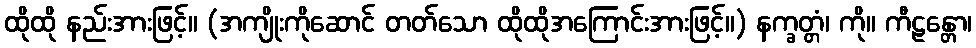
ထိုထို နည်းအားဖြင့်။ (အကျိုးကိုဆောင် တတ်သော ထိုထိုအကြောင်းအားဖြင့်။) နက္ခတ္တံ၊ ကို။ ကီဠန္တော၊